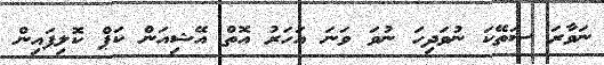
ނަވާރަ ސަތޭކަ ނުވަދިހަ ނުވަ ވަނަ އަހަރު އޮތް އޭޝިއަން ކަޕް ކޮލިފައިން